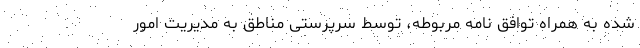
شده به همراه توافق نامه مربوطه، توسط سرپرستی مناطق به مدیریت امور